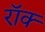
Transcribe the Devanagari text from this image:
रॉक्‍